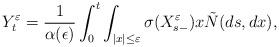
LaTeX: \begin{align*}Y_{t}^{\varepsilon}=\frac{1}{\alpha(\epsilon)}\int_0^t\int_{|x|\leq \varepsilon}\sigma(X_{s-}^{\varepsilon})x\tilde{N}(ds,dx),\end{align*}